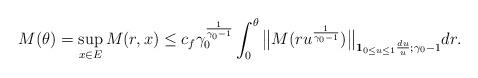
LaTeX: \begin{align*}M(\theta)= \sup_{x\in E} M(r,x)\leq c_f \gamma_0^{\frac{1}{\gamma_0 - 1}} \int_0^\theta \big\| M(r u^{\frac{1}{\gamma_0 - 1}}) \big\|_{\mathbf 1_{0\leq u\leq 1}\frac{du}{u};\gamma_0 - 1} dr.\end{align*}